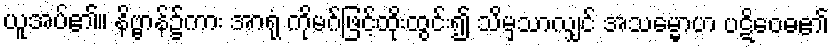
ယူအပ်၏။ နိဗ္ဗာန်၌ကား အာရုံ ကိုမဂ်ဖြင့်ထိုးထွင်း၍ သိမှသာလျှင် အသမ္မောဟ ပဋိဝေဓ၏